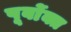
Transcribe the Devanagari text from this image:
पूर्वाेक्त